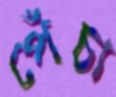
পেঁচা